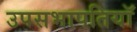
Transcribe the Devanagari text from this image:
उपसभापतियॉ